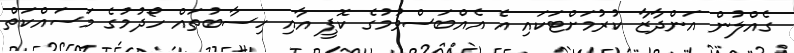
ގެއްލުން އަންދާޒާ ކުރުމަށްޓަކައި އެ އެއްބަސްވުމުގެ ކޮޕީ އާއި ހިސާބުތައް ހޯދުމުގެ މަސައްކަތް